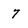
Character: 7